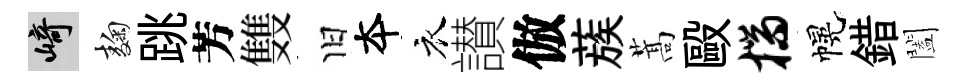
崎麹跳芳䨇旧夲衣讃倣蔟蒿毆揣幌錯闔